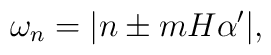
\omega_n=|n\pm mH\alpha'|,